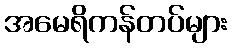
အမေရိကန်တပ်များ